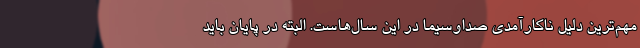
مهم‌ترین دلیل ناکارآمدی صداوسیما در این سال‌هاست. البته در پایان باید